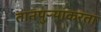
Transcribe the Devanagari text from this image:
तानपुऱ्याकरता